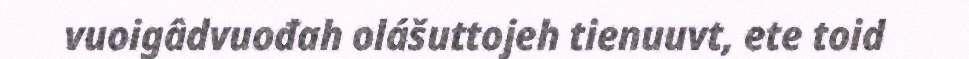
vuoigâdvuođah olášuttojeh tienuuvt, ete toid